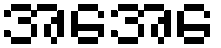
အေအေ